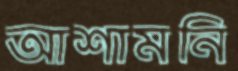
আশামনি